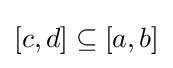
[c,d]\subseteq [a,b]